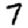
Digit: 7